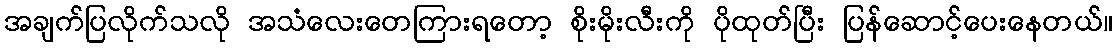
အချက်ပြလိုက်သလို အသံလေးတေကြားရတော့ စိုးမိုးလီးကို ပိုထုတ်ပြီး ပြန်ဆောင့်ပေးနေတယ်။